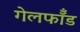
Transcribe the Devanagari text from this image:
गेलफॉँड